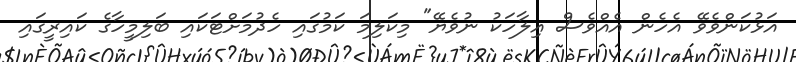
އަޅުކަންވެވޭ އެހެން އެއްވެސް އިލާހަކު ނުވެޔޭ" މިކަލިމަ ކަމުގައި ހެދުމަށްޓަކައި ބަލިމީހާގެ ކައިރީގައި